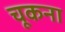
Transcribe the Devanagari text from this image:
चूकना